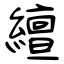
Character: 繵